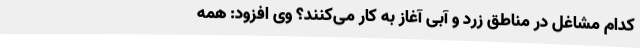
کدام مشاغل در مناطق زرد و آبی آغاز به کار می‌کنند؟ وی افزود: همه